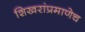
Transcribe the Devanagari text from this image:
शिखरांप्रमाणेच